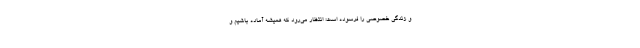
و زندگی خصوصی را فرسوده است؛ انتظار می‌رود که همیشه آماده باشیم و